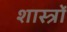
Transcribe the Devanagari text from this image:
शास्त्राें